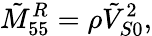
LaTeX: \tilde{M}_{55}^{R}=\rho\tilde{V}_{S0}^{2},